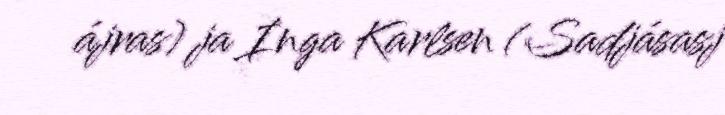
ájras) ja Inga Karlsen (Sadjásasj